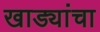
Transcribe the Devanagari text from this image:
खाड्यांचा